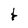
Character: t